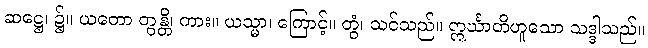
ဆဋ္ဌေ၊ ၌။ ယတော တွန္တိ၊ ကား။ ယသ္မာ၊ ကြောင့်။ တွံ၊ သင်သည်။ ဣင်္ဃာတိဟူသော သဒ္ဒါသည်။